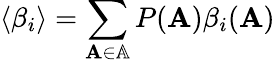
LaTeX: \langle\beta_{i}\rangle=\sum_{\mathbf{A}\in\mathbb{A}}P(\mathbf{A})\beta_{i}(\mathbf{A})